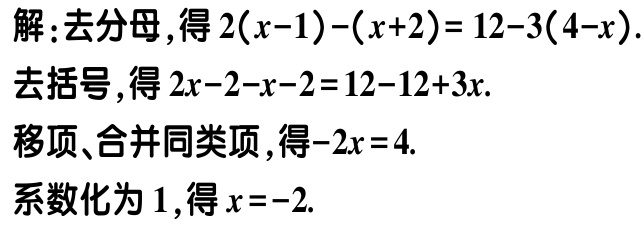
解：去分母，得\(2(x - 1) - (x + 2) = 12 - 3(4 - x)\).

去括号，得\(2x - 2 - x - 2 = 12 - 12 + 3x\).

移项、合并同类项，得\(-2x = 4\).

系数化为\(1\)，得\(x = -2\).